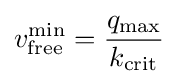
v_{\text{free}}^{\min }={\frac {q_{\max }}{k_{\text{crit}}}}